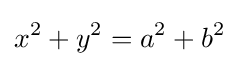
x^{2}+y^{2}=a^{2}+b^{2}